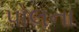
પોલના